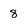
Character: 8